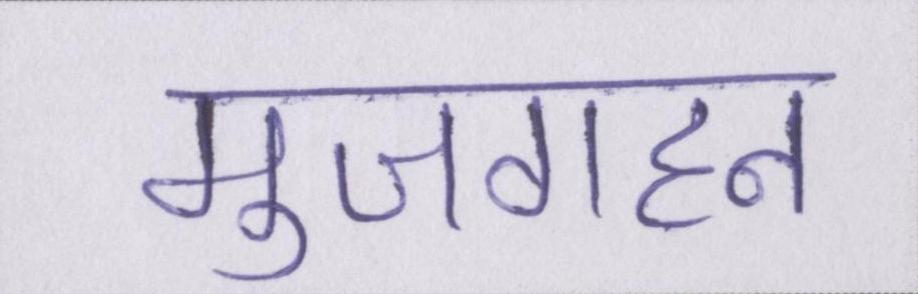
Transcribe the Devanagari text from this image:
मुजगहन